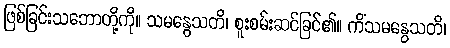
ဖြစ်ခြင်းသဘောတို့ကို။ သမနွေသတိ၊ စူးစမ်းဆင်ခြင်၏။ ကိံသမနွေသတိ၊